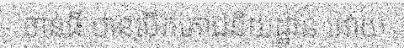
ចាន់ធី បានបើកភោជនីយដ្ឋាន ដោយ